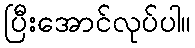
ပြီးအောင်လုပ်ပါ။